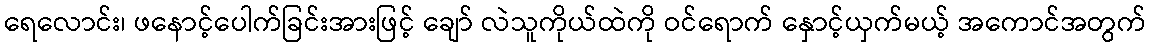
ရေလောင်း၊ ဖနောင့်ပေါက်ခြင်းအားဖြင့် ချော် လဲသူကိုယ်ထဲကို ဝင်ရောက် နှောင့်ယှက်မယ့် အကောင်အတွက်